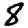
Digit: 8